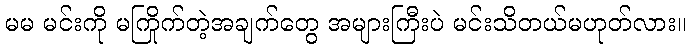
မမ မင်းကို မကြိုက်တဲ့အချက်တွေ အများကြီးပဲ မင်းသိတယ်မဟုတ်လား။